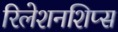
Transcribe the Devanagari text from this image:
रिलेशनशिप्स